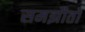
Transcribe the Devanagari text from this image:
समझौतो